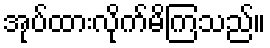
အုပ်ထားလိုက်မိကြသည်။